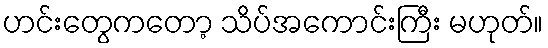
ဟင်းတွေကတော့ သိပ်အကောင်းကြီး မဟုတ်။